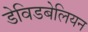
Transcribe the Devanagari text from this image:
डेविडबेलियन